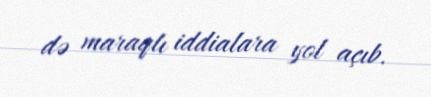
də maraqlı iddialara yol açıb.